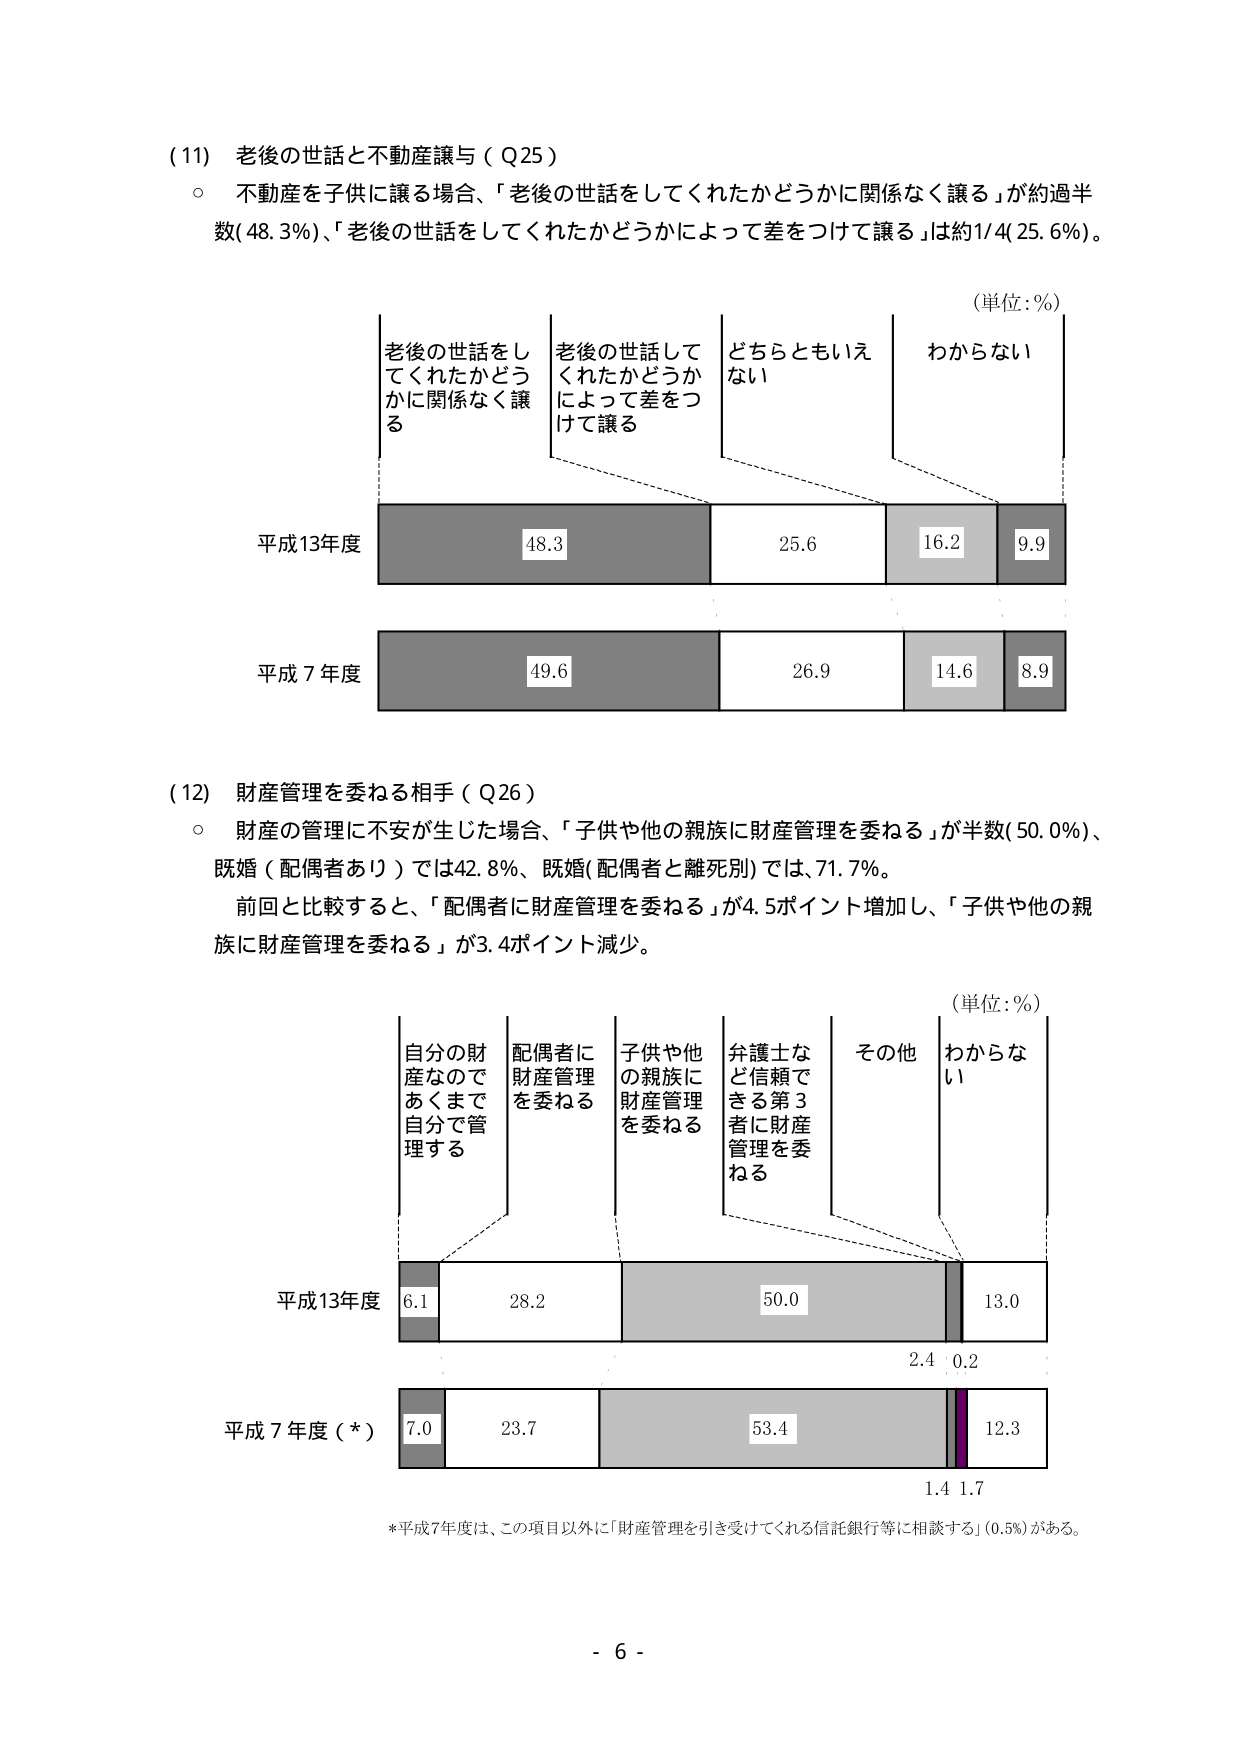
(11) 老後の世話と不動産譲与（Q25）
○ 不動産を子供に譲る場合、「老後の世話をしてくれたかどうかに関係なく譲る」が約過半数(48.3%)、「老後の世話をしてくれたかどうかによって差をつけて譲る」は約1/4(25.6%)。

（単位：%）
老後の世話をしてくれたかどうかに関係なく譲る
老後の世話をしてくれたかどうかによって差をつけて譲る
どちらともいえない
わからない

平成13年度
48.3
25.6
16.2
9.9

平成7年度
49.6
26.9
14.6
8.9

(12) 財産管理を委ねる相手（Q26）
○ 財産の管理に不安が生じた場合、「子供や他の親族に財産管理を委ねる」が半数(50.0%)、既婚（配偶者あり）では42.8%、既婚(配偶者と離死別)では、71.7%。
前回と比較すると、「配偶者に財産管理を委ねる」が4.5ポイント増加し、「子供や他の親族に財産管理を委ねる」が3.4ポイント減少。

（単位：%）
自分の財産なのであくまで自分で管理する
配偶者に財産管理を委ねる
子供や他の親族に財産管理を委ねる
弁護士など信頼できる第3者に財産管理を委ねる
その他
わからない

平成13年度
6.1
28.2
50.0
2.4
0.2
13.0

平成7年度（*）
7.0
23.7
53.4
1.4
1.7
12.3

*平成7年度は、この項目以外に「財産管理を引き受けてくれる信託銀行等に相談する」(0.5%)がある。

- 6 -